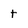
Character: t